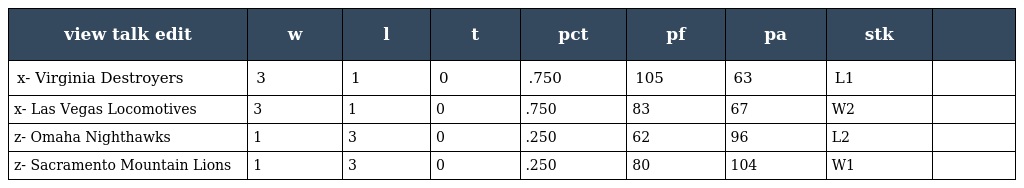
| view talk edit | w | l | t | pct | pf | pa | stk |  |
 | --- | --- | --- | --- | --- | --- | --- | --- | --- |
 | x- Virginia Destroyers | 3 | 1 | 0 | .750 | 105 | 63 | L1 |  |
 | x- Las Vegas Locomotives | 3 | 1 | 0 | .750 | 83 | 67 | W2 |  |
 | z- Omaha Nighthawks | 1 | 3 | 0 | .250 | 62 | 96 | L2 |  |
 | z- Sacramento Mountain Lions | 1 | 3 | 0 | .250 | 80 | 104 | W1 |  |